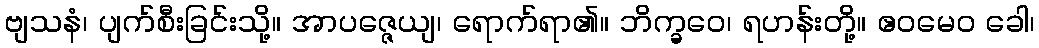
ဗျသနံ၊ ပျက်စီးခြင်းသို့။ အာပဇ္ဇေယျ၊ ရောက်ရာ၏။ ဘိက္ခဝေ၊ ရဟန်းတို့။ ဧဝမေဝ ခေါ၊